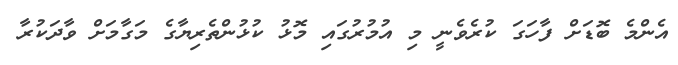
އެންމެ ބޮޑަށް ފާހަގަ ކުރެވެނީ މި އުމުރުގައި މޮޅު ކުޅުންތެރިޔާގެ މަގާމަށް ވާދަކުރާ